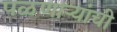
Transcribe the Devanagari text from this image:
पळणाऱ्यांची